Civil Veterinary Department. Madras. Admin. report 1926-33 - 1926-1933
Year: 1926
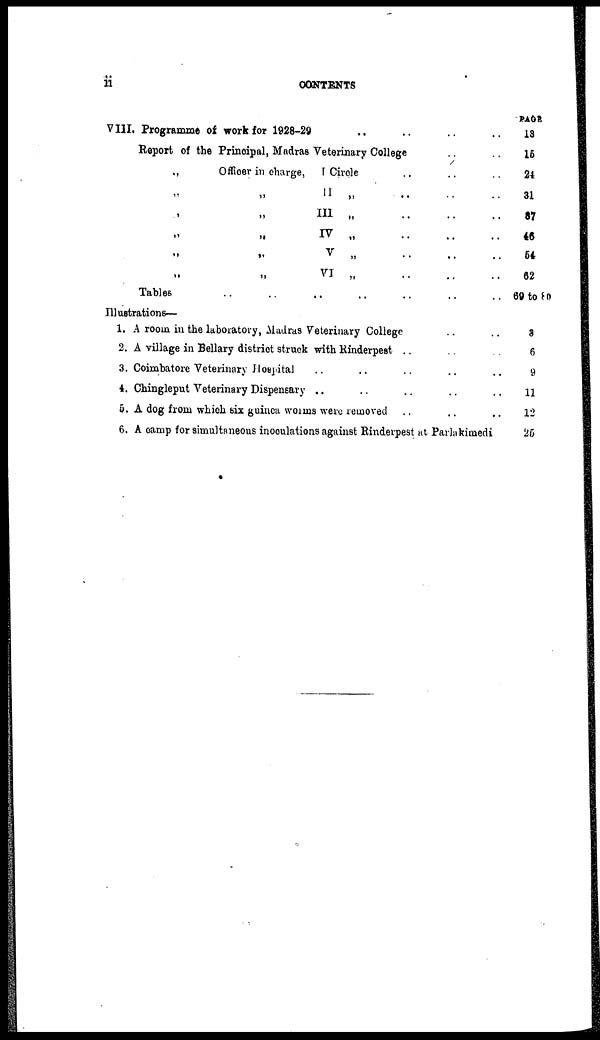
ii
CONTENTS
VIII. Programme of work for 1928-29 .. .. ..
Report of the Principal, Madras Veterinary College .. ..
„ Officer in charge, I Circle .. .. ..
„ „ II „ .. .. ..
„ „ III „ .. .. ..
„ „ IV „ .. .. ..
„ „ V „ .. .. ..
„ „ VI „ .. .. ..
Tables .. .. .. .. .. .. .. ..
Illustrations—
1. A room in the laboratory, Madras Veterinary College .. ..
2. A village in Bellary district struck with Rinderpest .. .. ..
3. Coimbatore Veterinary Hospital .. .. ..
4. Chingleput Veterinary Dispensary .. .. ..
5. A dog from which six guinca worms were removed ..
6. A camp for simultaneous inoculations against Rinderpest at Parlakimedi
PAGE
18
16
21
31
87
46
64
62
69 to 80
3
6
9
11
12
26